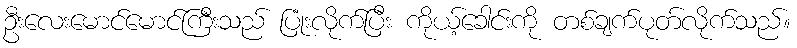
ဦးလေးမောင်မောင်ကြီးသည် ပြုံးလိုက်ပြီး ကိုယ့်ခေါင်းကို တစ်ချက်ပုတ်လိုက်သည်။